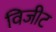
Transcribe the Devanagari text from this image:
विजीट